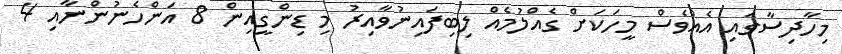
މިހާދިސާގައި އެއްވެސް މީހަކަށް ގެއްލުމެއް ލިބިފައިނުވާއިރު މި ޑިންގީއިން 8 އަންހެނުންނާއި 4